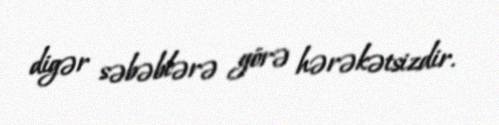
digər səbəblərə görə hərəkətsizdir.